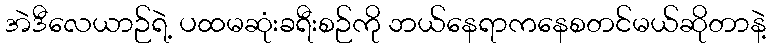
အဲဒီလေယာဉ်ရဲ့ ပထမဆုံးခရီးစဉ်ကို ဘယ်နေရာကနေစတင်မယ်ဆိုတာနဲ့